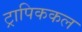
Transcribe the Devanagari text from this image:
ट्रापिककल